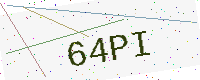
Text: 64PI